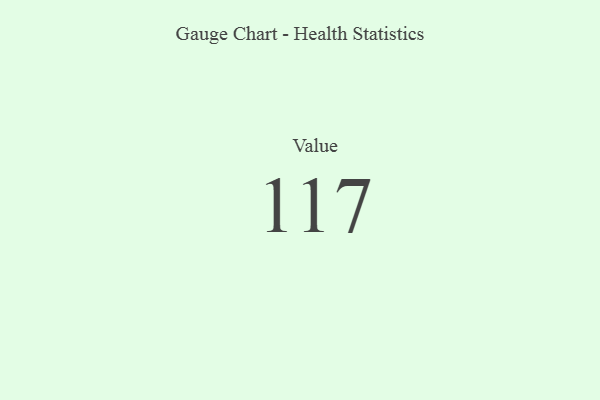
{"axis": {"x": "Metric", "y": "Value"}, "legend": [""], "data": [{"x": "Value", "y": 117, "type": ""}]}